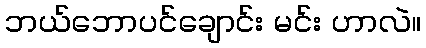
ဘယ်ဘောပင်ချောင်း မင်း ဟာလဲ။